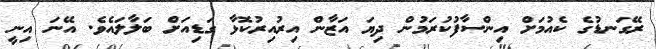
ރޭގަނޑުގެ ކެއުމަށް އިންސާފުކުރަމުން ދިޔަ އަޒާން އިރުއިރުކޮޅާ ގަޑިއަށް ބަލާލައެވެ. އޭނަ އިނީ